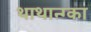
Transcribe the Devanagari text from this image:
थाथान्ग्का